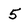
Character: 5